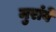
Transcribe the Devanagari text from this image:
मुरांबे